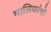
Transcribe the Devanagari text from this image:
मालिकांचॊ